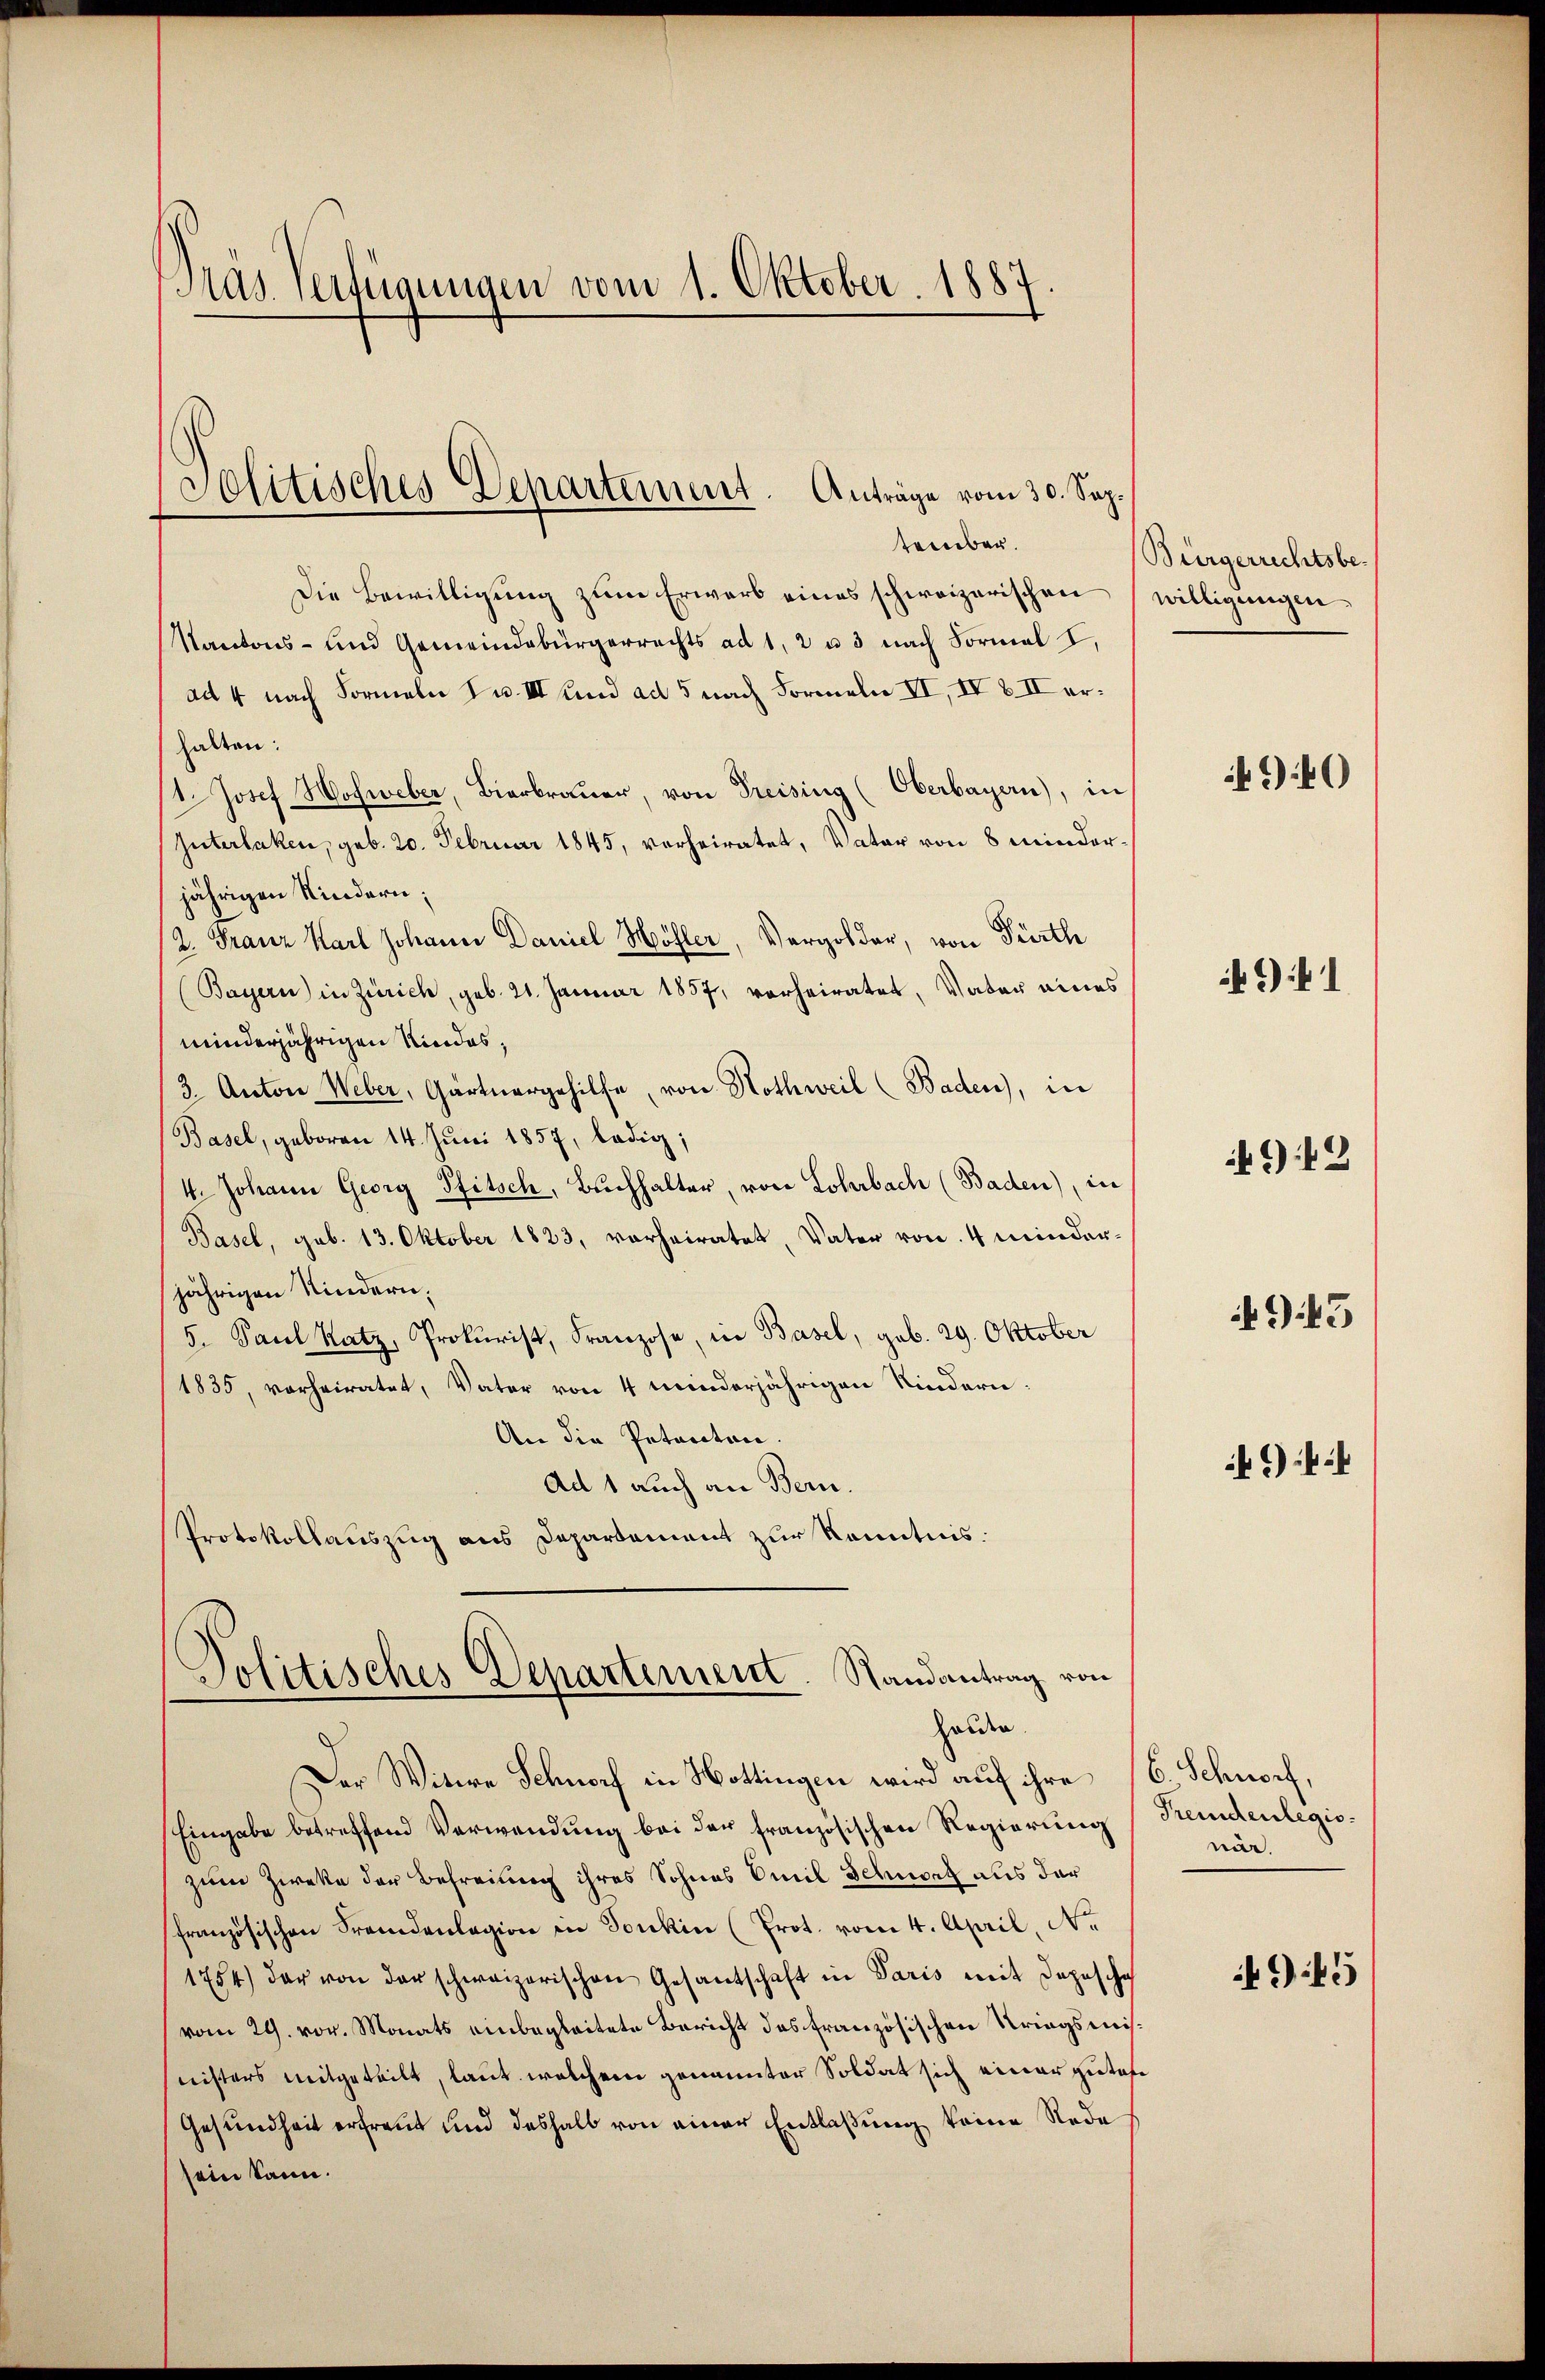
Pras Verfügungen vom 1. Oktober. 1887

Die Bewilligŭng zŭm Erwarb eines schweizerischen willigungen
Kantons- und Gemeindebürgerrechts ad 1, 2 u 3 nach Formal I,
ad 4 nach Formeln u. III und ad 5 nach Formeln II, IV 8 II erhalten:
11. Josef Hofweber, Bierbrauer, von Preising (Oberbayern), in
Güterlaken, geb. 20. Februar 1845, verheiratet, Vater von 8 minderjährigen Kindern;
2. Franz Karl Johann Daniel Höhler, Vergolder, von Pirth
(Bayern) in Zürich, geb. 21. Januar 1857, verheiratet, Vater eines
minderjährigen Kindes,
3. Anton Weber, Gärtnergehilfe, von Nothweil (Baden, in
(Basel, geboren 14. Juni 1857, ledig;
4. Johann Georg Pfitsch, Buchhalter, von Lohrbach (Baden), in
Basel, geb. 13. Oktober 1823, vorheiratet, Vater von 4 minderjährigen Kindern,
5. Paul Ratz, Prokurist, Franzose, in Basel, geb. 29. Oktober
1835, vorheiratet, Vater von 4 minderjährigen Kindern:
An die Peteraten.
Ad 1 auch an Bern.
Protokollauszug aus Departement zur Kenntnis.

Solitisches Departement. Anträge vom 30. Sep.
tember.

Politisches Departement. Randantrag von
Holden.

Der Witwe Schnorf in Hottingen wird auf ihre (6. Schnorf,
Eingabe betreffend Verwendung bei der französischen Regierung (Seidenlegiozum Zwecke der Befreiung ihres Sohnes Emil Schnort aus der
französischen Fremdenlagion in Tonkin (Prot. vom 4. April, No
1754) der von der schweizerischen Gesantschaft in Paris mit Depescha
vom 29. vor. Monats einbegleitete Bericht des französischen Kriegsmisnisters mitgeteilt, laut welchem genannter Soldat sich einer zutage
Gesundheit erfreut und deshalb von einer Entlaßung keine Rede
sein kann.

Bürgerrechtsbe¬

940

941

943

943

*)

när.

945